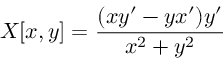
X [ x , y ] = { \frac { ( x y ^ { \prime } - y x ^ { \prime } ) y ^ { \prime } } { x ^ { 2 } + y ^ { 2 } } }